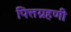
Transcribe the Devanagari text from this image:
पित्तग्रहणी